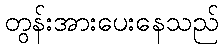
တွန်းအားပေးနေသည်